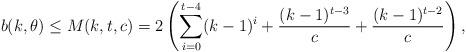
LaTeX: \begin{align*}b(k,\theta) \leq M(k,t,c)=2\left(\sum_{i=0}^{t-4} (k-1)^{i}+ \frac{(k-1)^{t-3}}{c}+\frac{(k-1)^{t-2}}{c}\right), \end{align*}